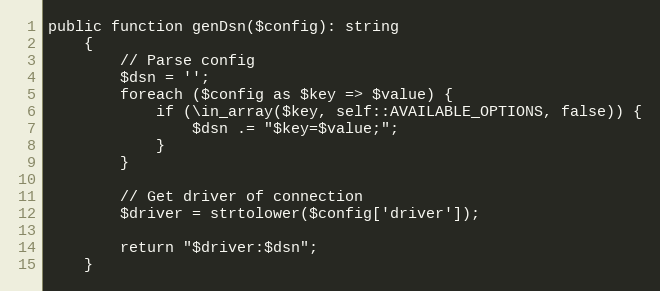
Language: PHP
public function genDsn($config): string
    {
        // Parse config
        $dsn = '';
        foreach ($config as $key => $value) {
            if (\in_array($key, self::AVAILABLE_OPTIONS, false)) {
                $dsn .= "$key=$value;";
            }
        }

        // Get driver of connection
        $driver = strtolower($config['driver']);

        return "$driver:$dsn";
    }